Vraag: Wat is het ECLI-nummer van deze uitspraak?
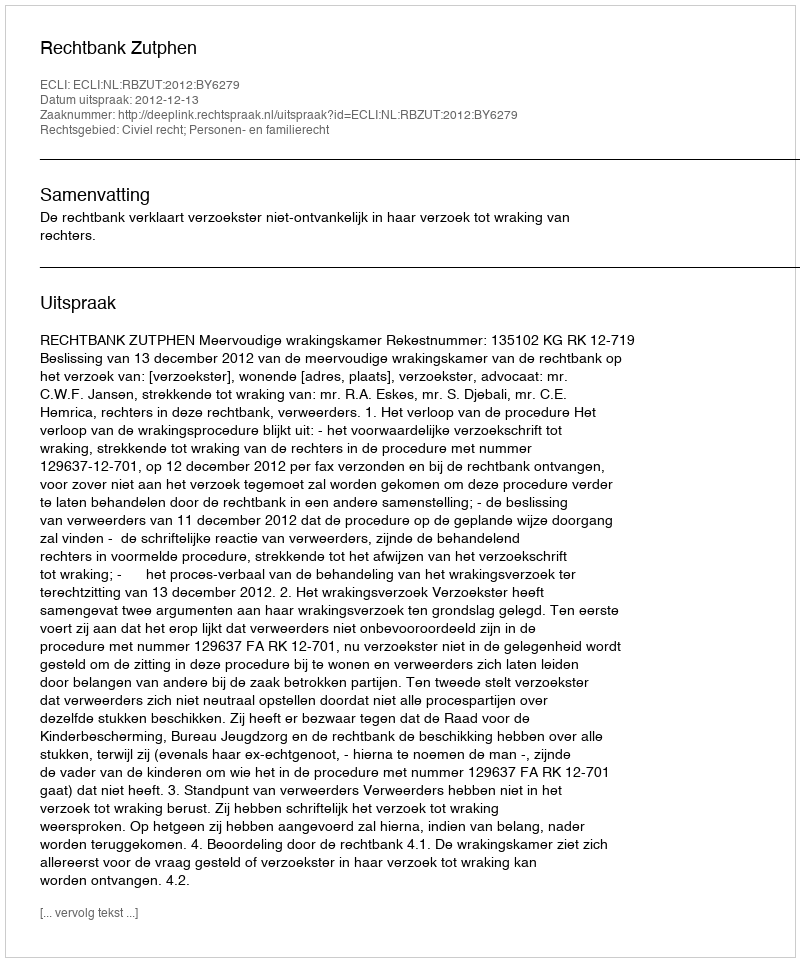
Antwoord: ECLI:NL:RBZUT:2012:BY6279